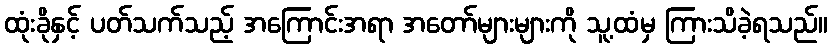
ထုံးခိုနှင့် ပတ်သက်သည့် အကြောင်းအရာ အတော်များများကို သူ့ထံမှ ကြားသိခဲ့ရသည်။